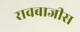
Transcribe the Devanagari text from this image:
रावबाजीस